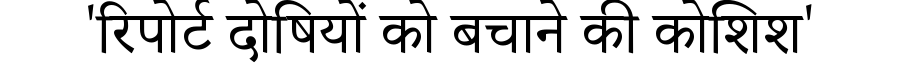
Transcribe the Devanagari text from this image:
'रिपोर्ट दोषियों को बचाने की कोशिश'